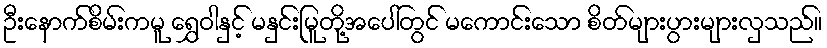
ဦးနောက်စိမ်းကမူ ရွှေဝါနှင့် မနှင်းမြူတို့အပေါ်တွင် မကောင်းသော စိတ်များပွားများလှသည်။